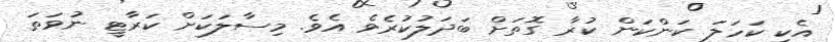
އެކި ކަހަލަ ކަންކަން ކުރާ ގޮތަށް ބަދަލުކުރެވެ އެވެ. މިސާލަކަށް ކަރާޓީ ނުވަތަ